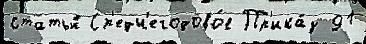
статьи́ Ср'едн'егодово́е Пр'ика́з 91